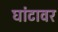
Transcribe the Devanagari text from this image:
घांटावर